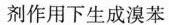
剂作用下生成溴苯